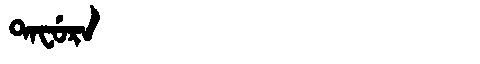
Manchu: ᡨᠠᠸᡠᡵᠠ
Romanization: TAFURA